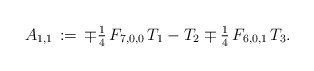
\begin{align*}A_{1,1}\,:=\,\mp\tfrac{1}{4}\,F_{7,0,0}\,T_1-T_2\mp\tfrac{1}{4}\,F_{6,0,1}\,T_3.\end{align*}